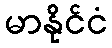
မာနိုင်ငံ